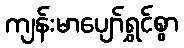
ကျန်းမာပျော်ရွှင်စွာ